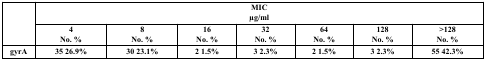
<table><thead><tr><td rowspan="2"></td><td colspan="7"><b>MICμg/ml</b></td></tr></thead><tbody><tr><td><b>4</b><b>No. %</b></td><td><b>8</b><b>No. %</b></td><td><b>16</b><b>No. %</b></td><td><b>32</b><b>No. %</b></td><td><b>64</b><b>No. %</b></td><td><b>128</b><b>No. %</b></td><td><b>&gt;128</b><b>No. %</b></td></tr><tr><td><b>gyrA</b></td><td><b>35 26.9%</b></td><td><b>30 23.1%</b></td><td><b>2 1.5%</b></td><td><b>3 2.3%</b></td><td><b>2 1.5%</b></td><td><b>3 2.3%</b></td><td><b>55 42.3%</b></td></tr></tbody></table>